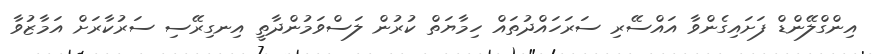
އިންގްލޭންޑް ފަށައިގެންވާ އައްސޭރި ސަރަހައްދުތައް ހިމާޔަތް ކުރުން ލަސްވަމުންދާތީ އިނގިރޭސި ސަރުކާރަށް އަމާޒުވާ